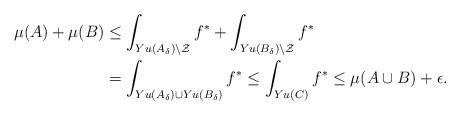
LaTeX: \begin{align*} \mu(A)+\mu(B) &\leq \int_{Yu(A_\delta)\setminus\mathcal{Z}}f^*+\int_{Yu(B_\delta)\setminus\mathcal{Z}}f^*\\ &= \int_{Yu(A_\delta) \cup Yu(B_\delta)} f^*\leq \int_{Yu(C)}f^* \leq \mu(A \cup B)+\epsilon.\end{align*}